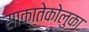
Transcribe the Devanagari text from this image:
साकातेकोलुका